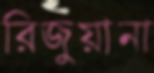
রিজুয়ানা